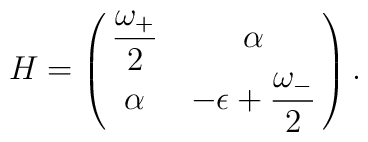
H = \pmatrix{ \displaystyle{\omega_+ \over 2} & \alpha \cr              \alpha & \displaystyle -\epsilon + {\omega_- \over 2}\cr} .